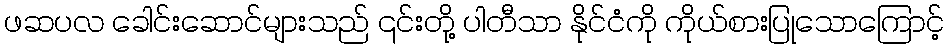
ဖဆပလ ခေါင်းဆောင်များသည် ၎င်းတို့ ပါတီသာ နိုင်ငံကို ကိုယ်စားပြုသောကြောင့်